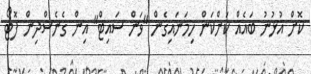
ކޮށް އުޅުނު ބައެއް ކަންކަން ހިމަނައިގެން "ވަން ސައިޓް" އިން ގެނެސްދިން ފޮޓޯ